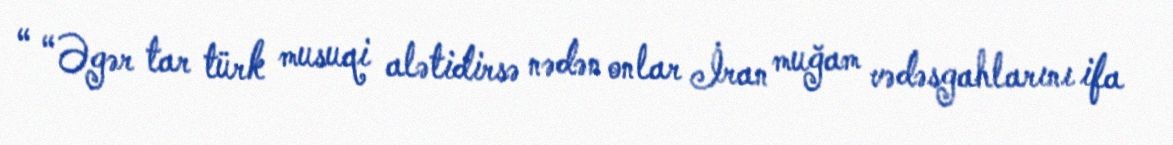
“ “Əgər tar türk musuqi alətidirsə nədən onlar İran muğam vədəsgahlarını ifa